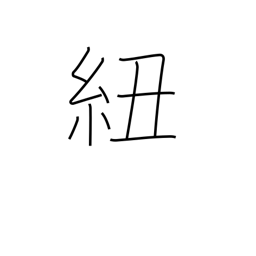
Meaning: tape